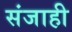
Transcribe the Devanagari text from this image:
संजाही